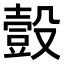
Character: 𧯸